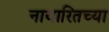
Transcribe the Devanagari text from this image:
नायारितच्या